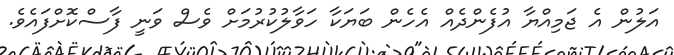
އަލުން އެ ޖަމިއްޔާ އުފެންދެއް އެހެން ބަޔަކާ ހަވާލުކުރުމަށް ވެސް ވަނީ ފާސްކޮށްފައެވެ.